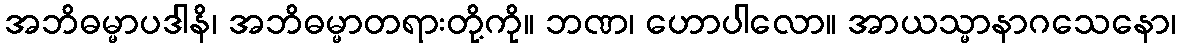
အဘိဓမ္မာပဒါနိ၊ အဘိဓမ္မာတရားတို့ကို။ ဘဏ၊ ဟောပါလော။ အာယသ္မာနာဂသေနော၊